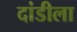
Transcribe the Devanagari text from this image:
दांडीला